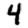
Digit: 4